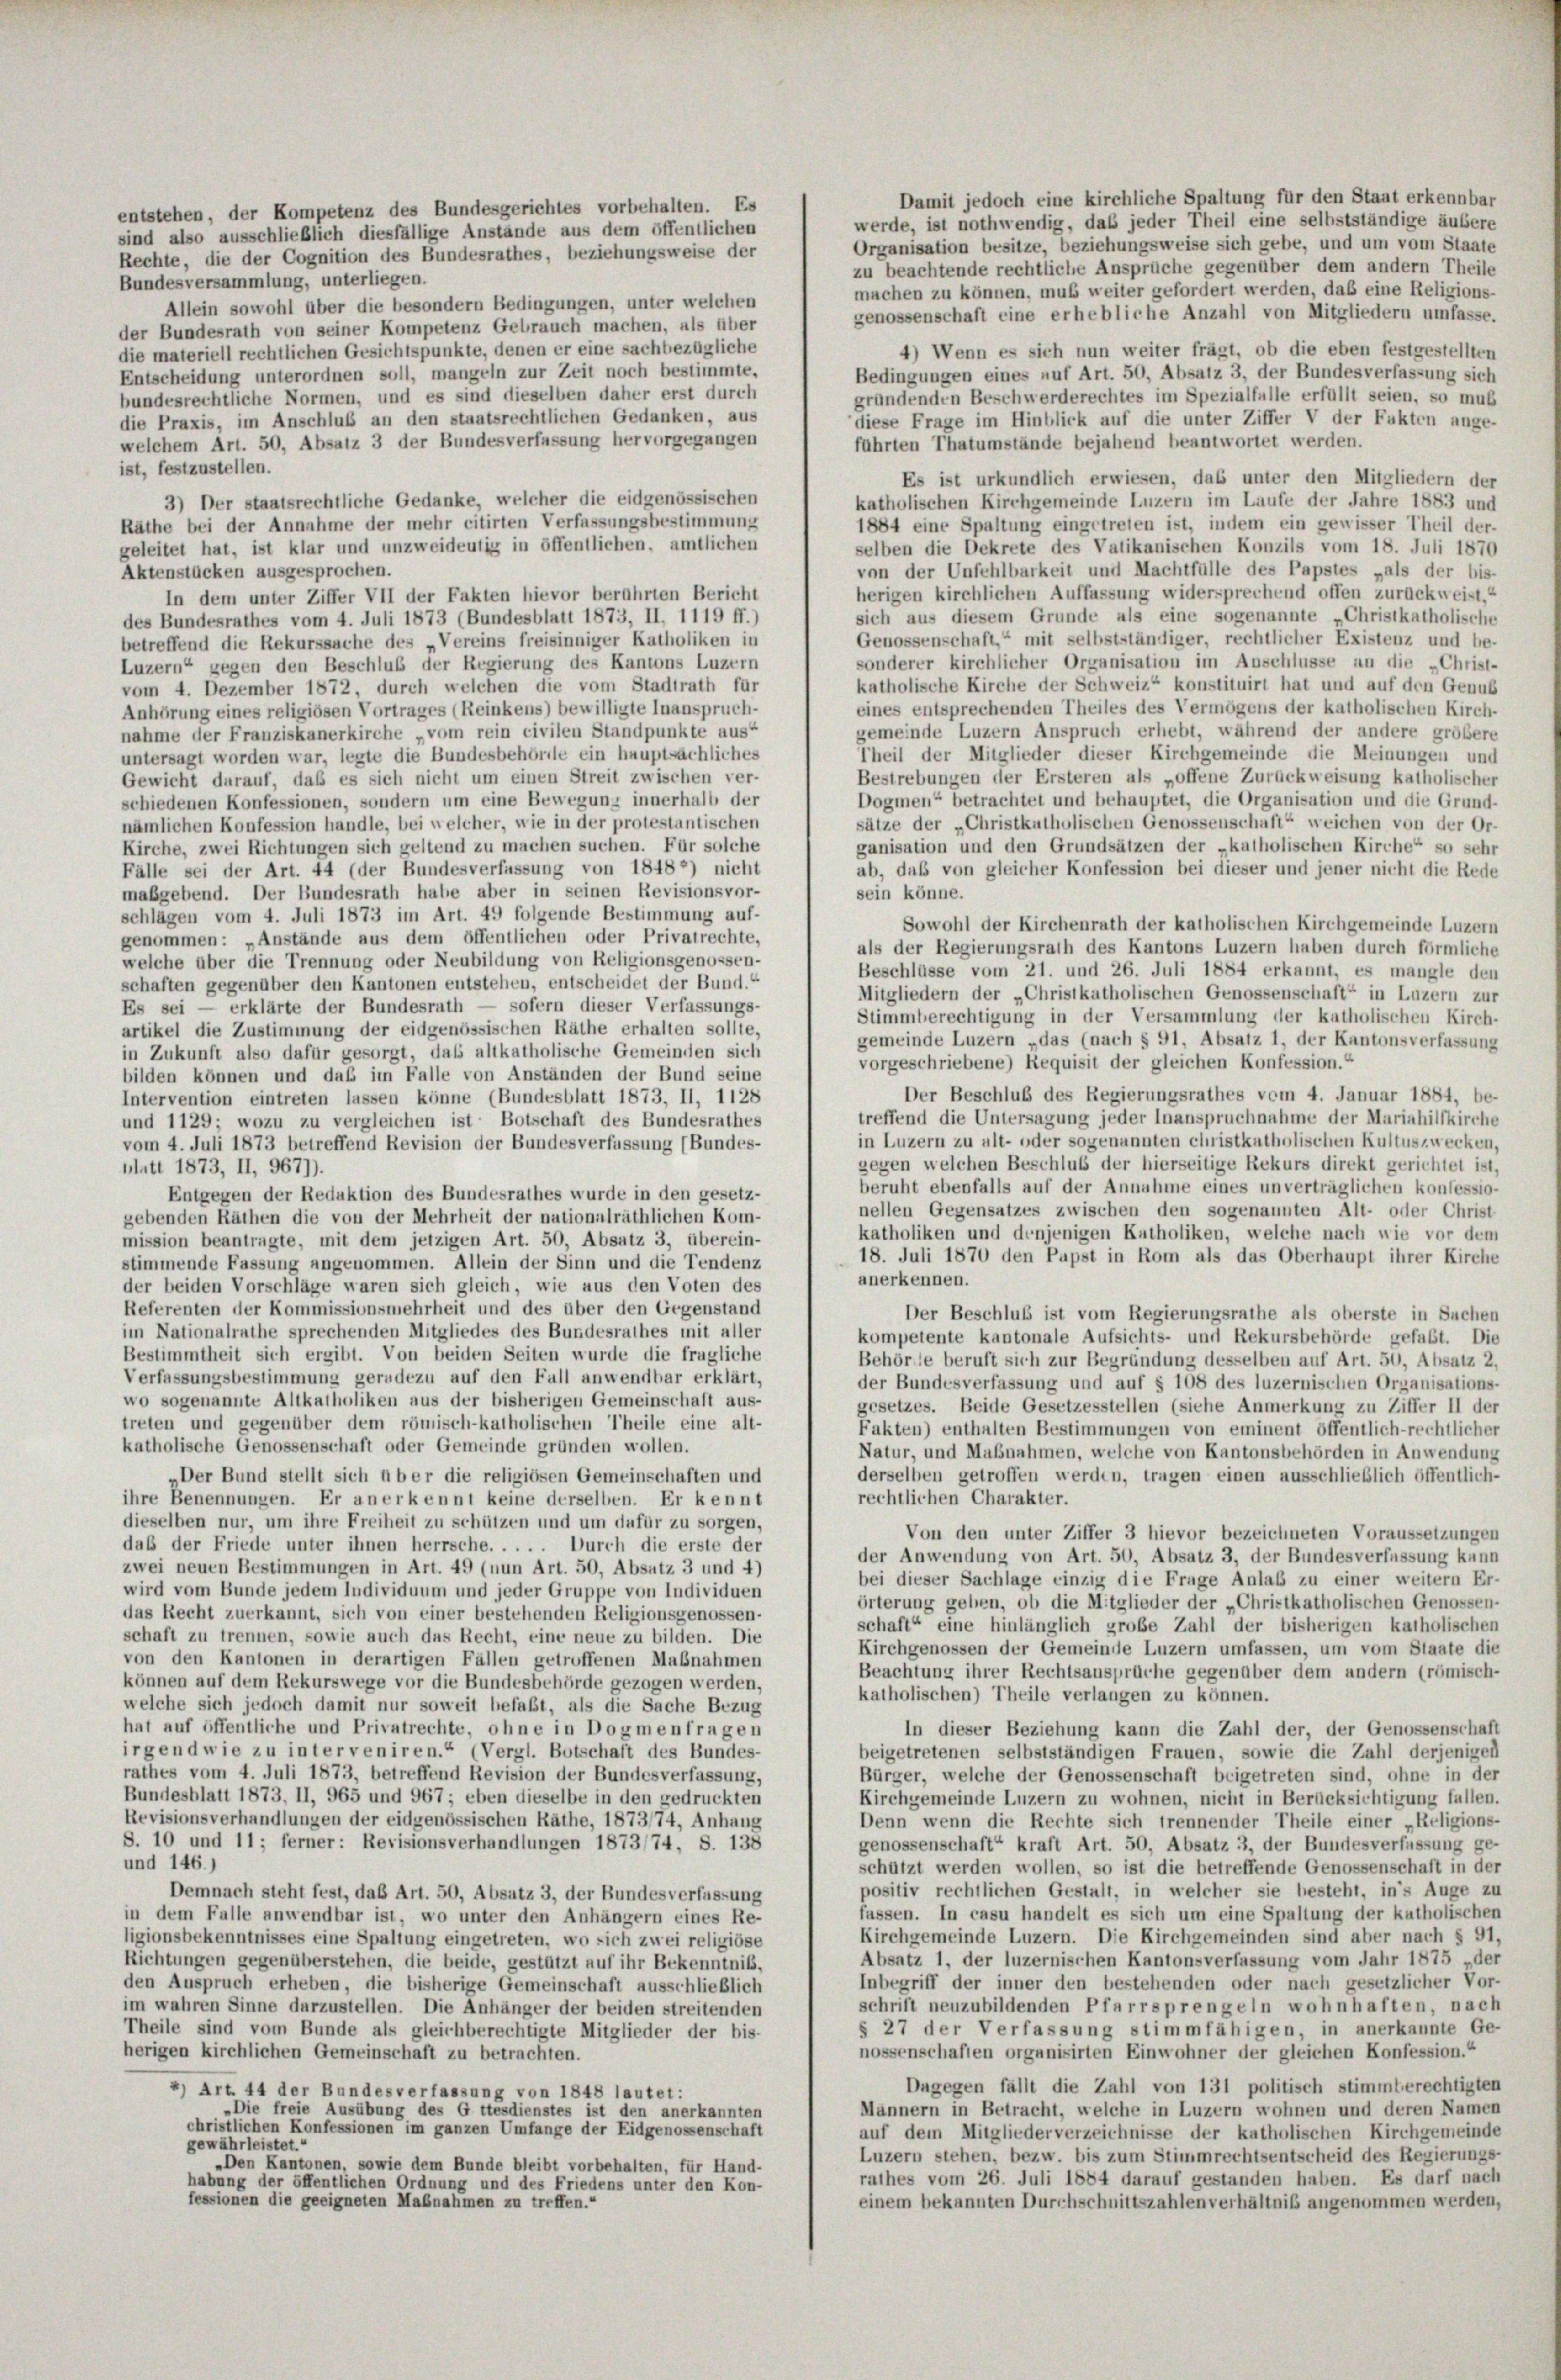
entstehen, der Kompetenz des Bundesgerichtes vorbehalten. Es
sind also ausschließlich diesfällige Anstände aus dem öffentlichen
Rechte, die der Cognition des Bundesrathes, beziehungsweise der

werde, ist nothwendig, daß jeder Theil eine selbstständige äußere
Organisation besitze, beziehungsweise sich gebe, und um vom Staate
zu beachtende rechtliche Ansprüche gegenüber dem andern Theile
Bundesversammlung, unterliegen.
machen zu können, muß weiter gefordert werden, daß eine Religions-
Allein sowohl über die besondern Bedingungen, unter welchen
genossenschaft eine erhebliche Anzahl von Mitgliedern umfasse.
der Bundesrath von seiner Kompetenz Gebrauch machen, als über
4) Wenn es sich nun weiter frägt, ob die eben festgestellten
die materiell rechtlichen Gesichtspunkte, denen er eine sachbezügliche
Bedingungen eines auf Art. 50, Absatz 3, der Bundesverfassung sich
Entscheidung unterordnen soll, mangeln zur Zeit noch bestimmte,
bundesrechtliche Normen, und es sind dieselben daher erst durch
gründenden Beschwerderechtes im Spezialfalle erfüllt seien, so mus
die Praxis, im Anschluß an den staatsrechtlichen Gedanken, aus
diese Frage im Hinblick auf die unter Ziffer V der Fakten ange-
welchem Art. 50, Absatz 3 der Bundesverfassung hervorgegangen
führten Thatumstände bejahend beantwortet werden.
ist, festzustellen.
Es ist urkundlich erwiesen, das unter den Mitgliedern der
3) Der staatsrechtliche Gedanke, welcher die eidgenössischen
katholischen Kirchgemeinde Luzern im Laufe der Jahre 1883 und
Räthe bei der Annahme der mehr citirten Verfassungsbestimmung
1884 eine Spaltung eingetreten ist, indem ein gewisser Theil der-
geleitet hat, ist klar und unzweideutig in öffentlichen, amtlichen
selben die Dekrete des Vatikanischen Konzils vom 18. Juli 1870
von der Unfehlbarkeit und Machtfülle des Papstes „als der bis-
Aktenstücken ausgesprochen.
herigen kirchlichen Auffassung widersprechend offen zurückweist.“
In dem unter Ziffer VII der Fakten hievor berahrten Bericht
sich aus diesem Grunde als eine sogenannte „Christkatholische
des Bundesrathes vom 4. Juli 1873 (Bundesblatt 1873, II, 1119 ff.)
Genossenschaft“ mit selbstständiger, rechtlicher Existenz und be-
betreffend die Rekurssache des Vereins freisinniger Katholiken in
sonderer kirchlicher Organisation im Anschlüsse an die „Christ-
Luzern“ gegen den Beschluß der Regierung des Kantons Luzern
katholische Kirche der Schweiz“ konstituirt hat und auf den Genuß
vom 4. Dezember 1872, durch welchen die vom Stadtrath für
eines entsprechenden Theiles des Vermögens der katholischen Kirch-
Anhörung eines religiösen Vortrages (Reinkens) bewilligte Inanspruch-
gemeinde Luzern Anspruch erhebt, während der andere größere
nahme der Franziskanerkirche „vom rein civilen Standpunkte aus“
Theil der Mitglieder dieser Kirchgemeinde die Meinungen und
untersagt worden war, legte die Bundesbehörde ein hauptsächliches
Bestrebungen der Ersteren als „offene Zurückweisung katholischer
Gewicht darauf, daß es sich nicht um einen Streit zwischen ver-
Dogmen“ betrachtet und behauptet, die Organisation und die Grund-
schiedenen Konfessionen, sondern um eine Bewegung innerhalb der
sätze der „Christkutholischen Genossenschaft“ weichen von der Or-
nämlichen Konfession handle, bei welcher, wie in der protestantischen
ganisation und den Grundsätzen der „katholischen Kirche“ so sehr
Kirche, zwei Richtungen sich geltend zu machen suchen. Für solche
Fälle sei der Art. 44 (der Bundesverfassung von 18482) nicht
maßgebend. Der Bundesrath habe aber in seinen Revisionsvor-
sein könne.
schlägen vom 4. Juli 1873 im Art. 49 folgende Bestimmung auf-
genommen: „Anstände aus dem öffentlichen oder Privatrechte,
welche über die Trennung oder Neubildung von Religionsgenossen-
Beschlüsse vom 21. und 26. Juli 1884 erkannt, es mangle den
schaften gegenüber den Kantonen entstehen, entscheidet der Bund.“
Mitgliedern der „Christkatholischen Genossenschaft“ in Luzern zur
Es sei — erklärte der Bundesrath — sofern dieser Verfassungs-
Stimmberechtigung in der Versammlung der katholischen Kirch-
artikel die Zustimmung der eidgenössischen Räthe erhalten sollte,
gemeinde Luzern „das (nach § 91, Absatz 1, der Kantonsverfassung
in Zukunft also dafür gesorgt, das allkatholische Gemeinden sich
vorgeschriebene) Requisit der gleichen Konfession.“
bilden können und daß im Falle von Anständen der Bund seine
Der Beschluß des Regierungsrathes vom 4. Januar 1884, be-
Intervention eintreten lassen könne (Bundesblatt 1873, II, 1128
treffend die Untersagung jeder Inanspruchnahme der Mariahilfkirche
und 1129; wozu zu vergleichen ist Botschaft des Bundesrathes
in Luzern zu alt- oder sogenannten christkatholischen Kultuszwecken,
vom 4. Juli 1873 betreffend Revision der Bundesverfassung (Bundes-
gegen welchen Beschluß der hierseitige Rekurs direkt gerichtet ist,
blatt 1873, II, 9671).
beruht ebenfalls auf der Annahme eines unverträglichen konfessio-
Entgegen der Redaktion des Bundesrathes wurde in den gesetz-
nellen Gegensatzes zwischen den sogenannten Alt- oder Christ
gebenden Räthen die von der Mehrheit der nationalräthlichen Kom-
katholiken und denjenigen Katholiken, welche nach wie vor dem
mission beantragte, mit dem jetzigen Art. 50, Absatz 3, überein-
18. Juli 1870 den Papst in Rom als das Oberhaupt ihrer Kirche
stimmende Fassung angenommen. Allein der Sinn und die Tendenz
anerkennen.
der beiden Vorschläge waren sich gleich, wie aus den Voten des
Referenten der Kommissionsmehrheit und des über den Gegenstand
Der Beschluß ist vom Regierungsrathe als oberste in Sachen
im Nationalrathe sprechenden Mitgliedes des Bundesrathes mit aller
kompetente kantonale Aufsichts- und Rekursbehörde gefaßt. Die
Bestimmtheit sich ergibt. Von beiden Seiten wurde die frügliche
Behörte beruft sich zur Begründung desselben auf Art. 50, Absatz 2,
Verfassungsbestimmung geradezu auf den Fall anwendbar erklärt,
der Bundesverfassung und auf § 108 des luzernischen Organisations-
wo sogenannte Altkatholiken aus der bisherigen Gemeinschaft aus-
gesetzes. Beide Gesetzesstellen (siehe Anmerkung zu Ziffer II der
treten und gegenüber dem römisch-katholischen Theile eine alt-
Fakten) enthalten Bestimmungen von eminent öffentlich-rechtlicher
katholische Genossenschaft oder Gemeinde gründen wollen.
Natur, und Maßnahmen, welche von Kantonsbehörden in Anwendung
derselben getroffen werden, tragen einen ausschließlich öffentlich-
Der Bund stellt sich über die religiösen Gemeinschaften und
rechtlichen Charakter.
ihre Benennungen. Er anerkennt keine derselben. Er kennt
dieselben nur, um ihre Freiheit zu schützen und um dafür zu sorgen,
Von den unter Ziffer 3 hievor bezeichneten Voraussetzungen
daß der Friede unter ihnen herrsche. . . . . Durch die erste der
der Anwendung von Art. 50, Absatz 3, der Bundesverfassung kann
zwei neuen Bestimmungen in Art. 49 (nun Art. 50, Absatz 3 und 4)
bei dieser Sachlage einzig die Frage Anlaß zu einer weitern Er-
wird vom Bunde jedem Individuum und jeder Gruppe von Individuen
örterung gehen, ob die Mitglieder der „Christkatholischen Genossen-
das Recht zuerkannt, sich von einer bestehenden Religionsgenossen-
schaft“ eine hinlänglich große Zahl der bisherigen katholischen
schaft zu trennen, sowie auch das Recht, eine neue zu bilden. Die
Kirchgenossen der Gemeinde Luzern umfassen, um vom Staate die
von den Kantonen in derartigen Fällen getroffenen Maßnahmen
Beachtung ihrer Rechtsansprüche gegenüber dem andern (römisch-
können auf dem Rekurswege vor die Bundesbehörde gezogen werden.
katholischen) Theile verlangen zu können.
welche sich jedoch damit nur soweit befaßt, als die Sache Bezug
hat auf öffentliche und Privatrechte, ohne in Dogmenfragen
In dieser Beziehung kann die Zahl der, der Genossenschaft
irgendwie zu interveniren.“ (Vergl. Botschaft des Bundes-
beigetretenen selbstständigen Frauen, sowie die Zahl derjenigen
rathes vom 4. Juli 1873, betreffend Revision der Bundesverfassung,
Bürger, welche der Genossenschaft beigetreten sind, ohne in der
Bundesblatt 1873, II, 965 und 967; eben dieselbe in den gedruckten
Kirchgemeinde Luzern zu wohnen, nicht in Berücksichtigung füllen.
Revisionsverhandlungen der eidgenössischen Räthe, 1873/74, Anhang
Denn wenn die Rechte sich trennender Theile einer „Religions-
S. 10 und 11; ferner: Revisionsverhandlungen 1873/74, S. 138
genossenschaft“ kraft Art. 50, Absatz 3, der Bundesverfassung ge-
und 146.)
schützt werden wollen, so ist die betreffende Genossenschaft in der
positiv rechtlichen Gestalt, in welcher sie besteht, in’s Auge zu
Demnach steht fest, daß Art. 50, Absatz 3, der Bundesverfassung
fassen. In casu handelt es sich um eine Spaltung der katholischen
in dem Falle anwendbar ist, wo unter den Anhängern eines Re-
Kirchgemeinde Luzern. Die Kirchgemeinden sind aber nach § 91,
ligionsbekenntnisses eine Spaltung eingetreten, wo sich zwei religiöse
Absatz 1, der luzernischen Kantonsverfassung vom Jahr 1875 „der
Richtungen gegenüberstehen, die beide, gestützt auf ihr Bekenntniss,
Inbegriff der inner den bestehenden oder nach gesetzlicher Vor-
den Anspruch erheben, die bisherige Gemeinschaft ausschließlich
schrift neuzubildenden Pfarrsprengeln wohnhaften, nach
im wahren Sinne darzustellen. Die Anhänger der beiden streitenden
§ 27 der Verfassung stimmfähigen, in anerkannte Ge-
Theile sind vom Bunde als gleichberechtigte Mitglieder der bis-
herigen kirchlichen Gemeinschaft zu betrachten.
nossenschaften organisirten Einwohner der gleichen Konfession.“
Dngegen fällt die Zahl von 131 politisch stimmterechtigten
2) Art. 44 der Bundesverfassung von 1848 lautet:
Männern in Betracht, welche in Luzern wohnen und deren Namen
„Die freie Ausübung des G ttesdienstes ist den anerkannten
christlichen Konfessionen im ganzen Umfange der Eidgenossenschaft
auf dem Mitgliederverzeichnisse der katholischen Kirchgemeinde
gewährleistet.“
Luzern stehen, bezw. bis zum Stimmrechtsentscheid des Regierungs-
„Den Kantonen, sowie dem Bunde bleibt vorbehalten, für Hand-
rathes vom 26. Juli 1884 darauf gestanden haben. Es darf nach
habung der öffentlichen Ordnung und des Friedens unter den Kon-
fessionen die geeigneten Maßnahmen zu treffen.“
einem bekannten Durchschnittszahlen verhältnis angenommen werden,

Damit jedoch eine kirchliche Spaltung für den Staat erkennbar

ab, daß von gleicher Konfession bei dieser und jener nicht die Rede
Sowohl der Kirchenrath der katholischen Kirchgemeinde Luzern
als der Regierungsrath des Kantons Luzern haben durch förmliche